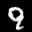
Label: 9